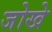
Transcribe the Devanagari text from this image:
जोखे